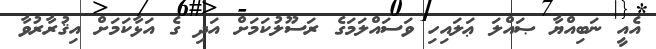
އެއީ ނަބިއްޔާ ޞައްލަ ޢަލައިހި ވަސައްލަމަގެ ރަސޫލުކަމަށް އަދި ގެ އަޅާކަމަށް އިޤުރާރުވާ